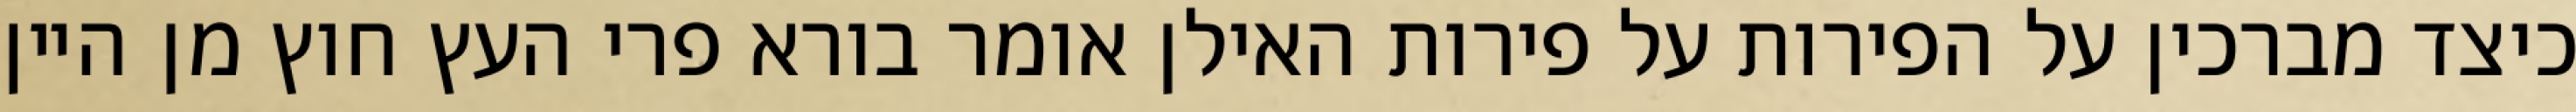
כיצד מברכין על הפירות על פירות האילן אומר בורא פרי העץ חוץ מן היין